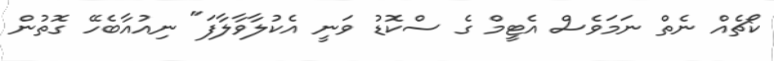
ކޯޗެއް ނެތް ނަމަވެސް އެޓީމް ގެ ސްކޮޑު ވަނީ އެކުލާވާލާފަ" ނިއުއާބެހޭ ގޮތުން